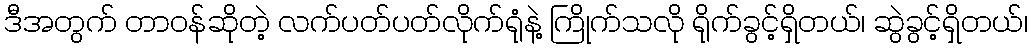
ဒီအတွက် တာဝန်ဆိုတဲ့ လက်ပတ်ပတ်လိုက်ရုံနဲ့ ကြိုက်သလို ရိုက်ခွင့်ရှိတယ်၊ ဆွဲခွင့်ရှိတယ်၊